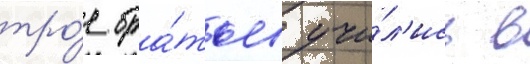
тро́е бра́тьев учи́л'ись в